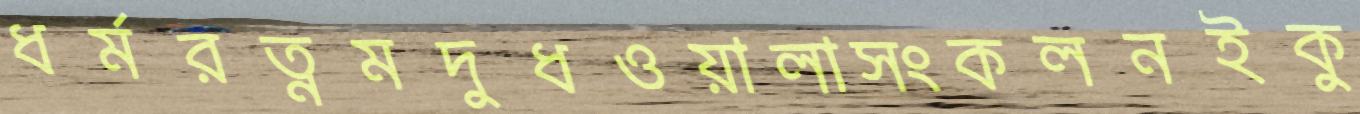
ধর্মরত্নমদুধওয়ালাসংকলনইকু